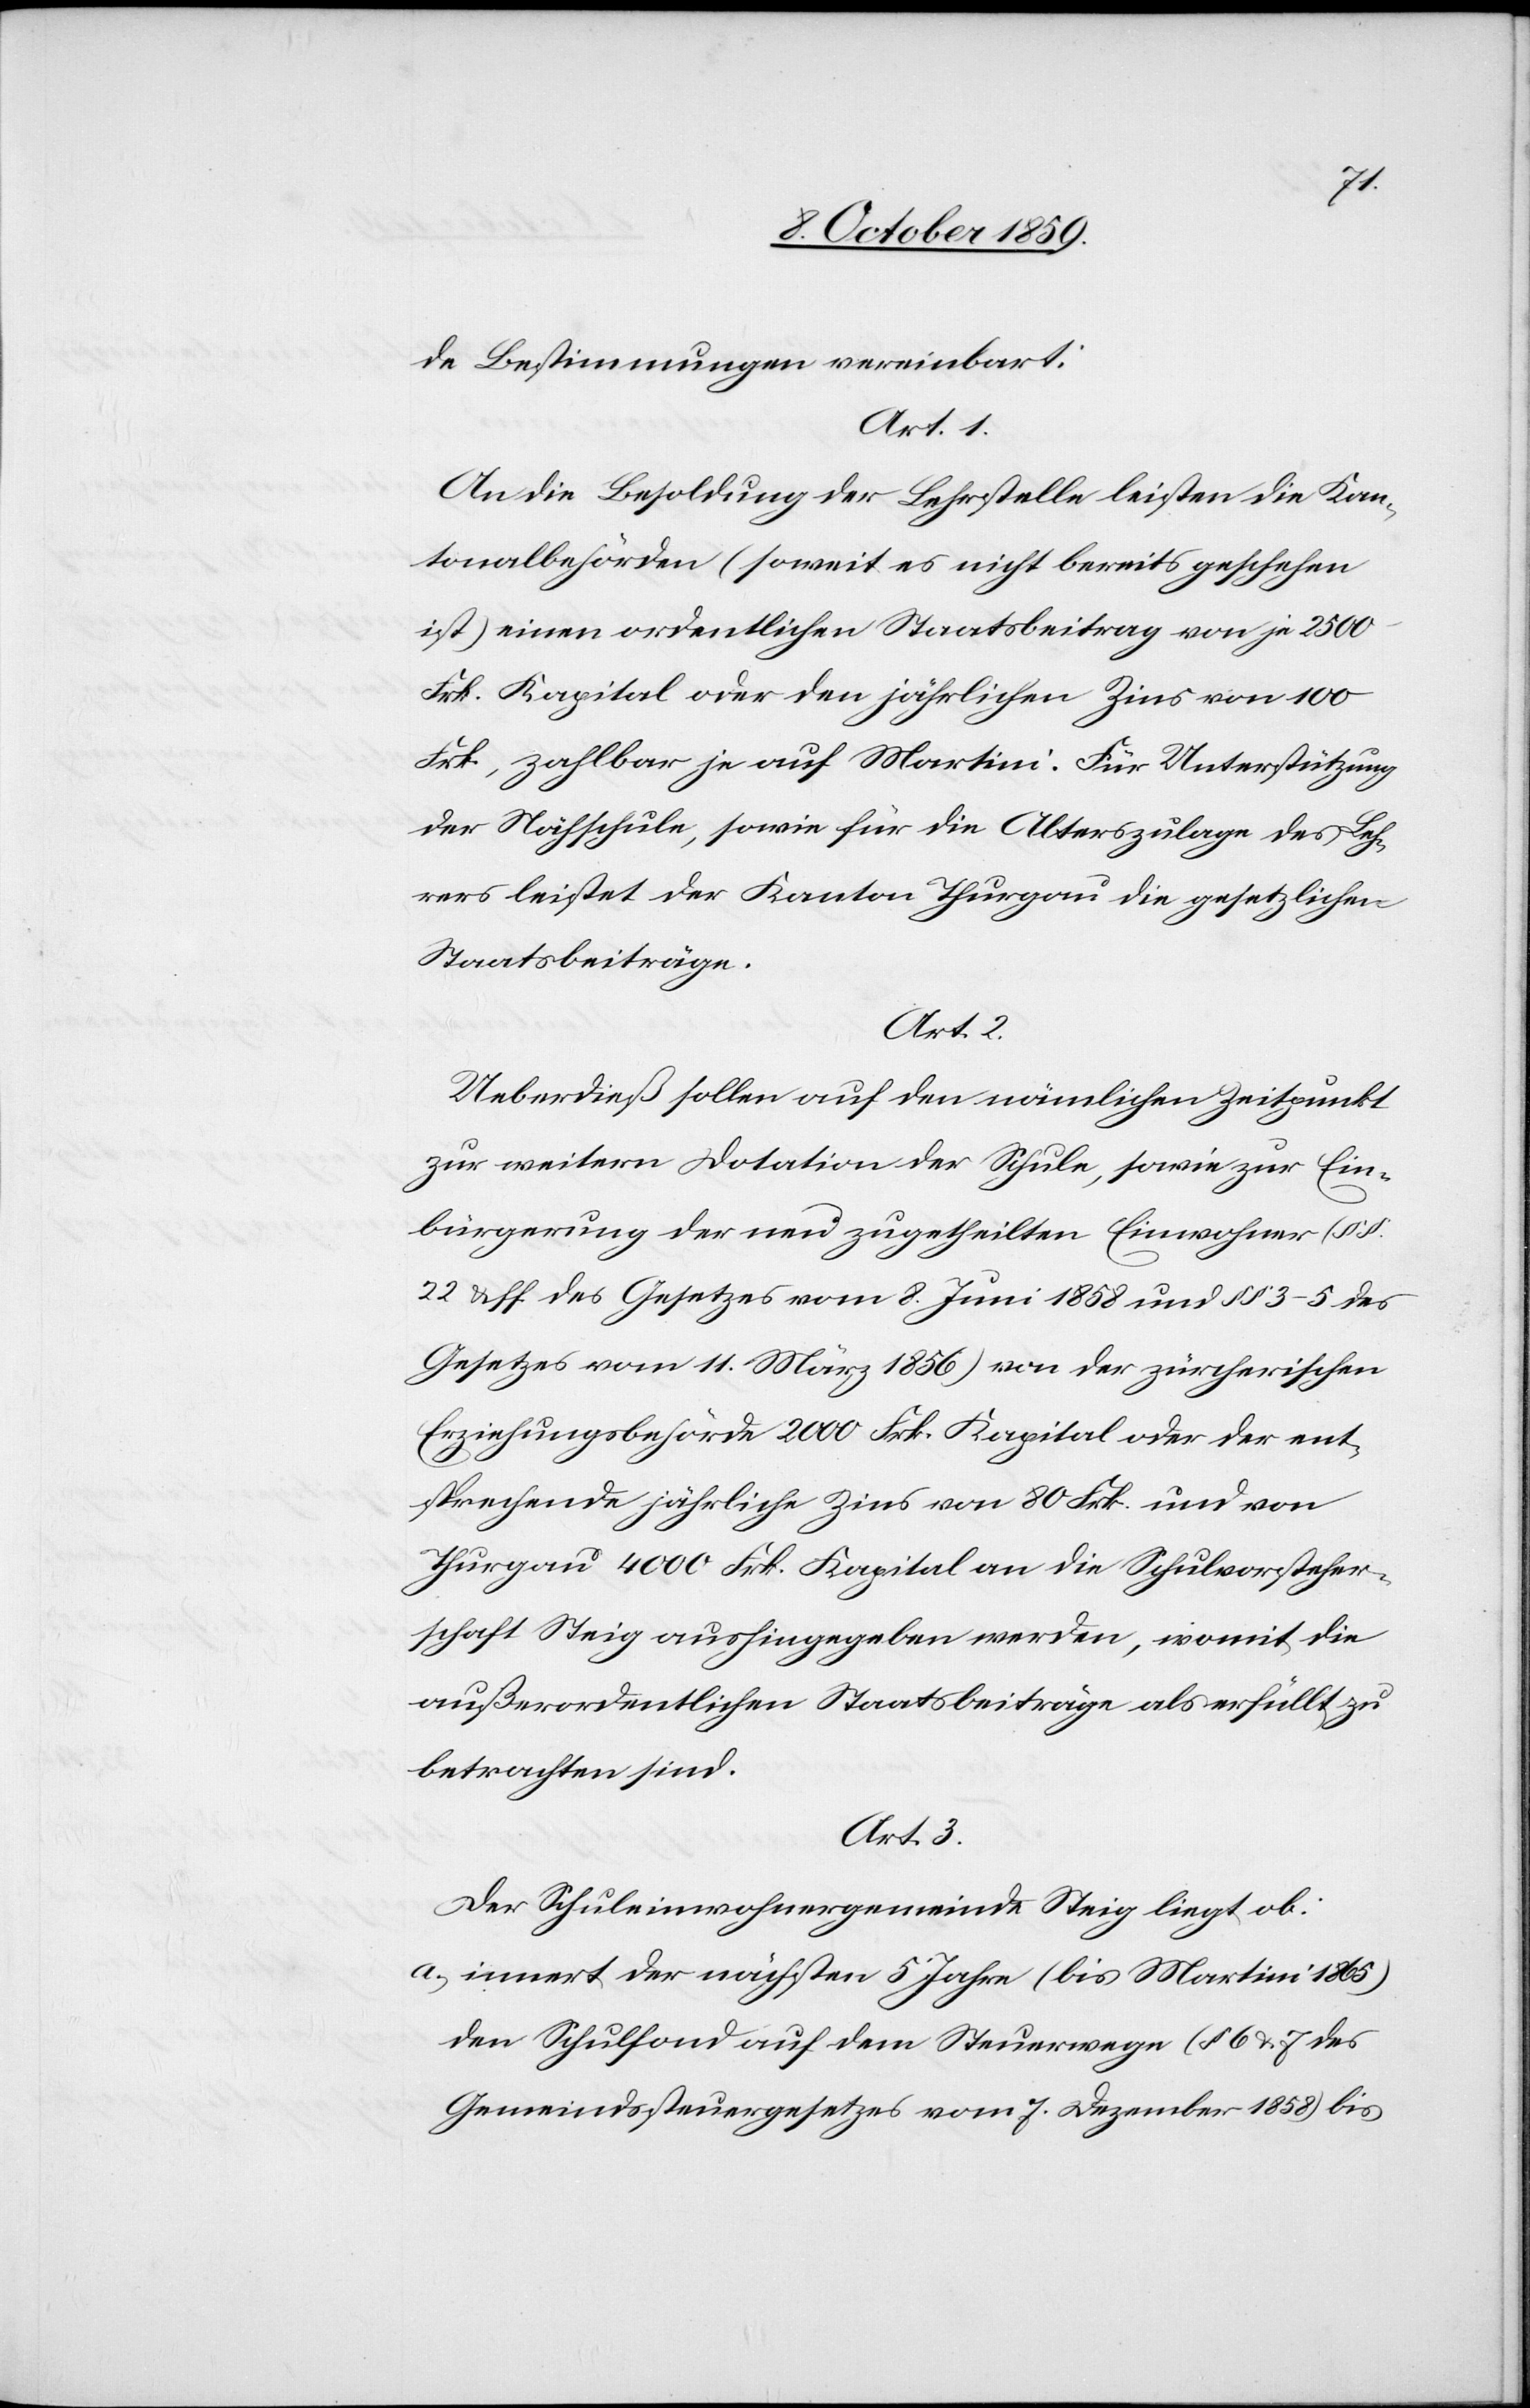
de Bestimmungen vereinbart:
Art. 1.
An die Besoldung der Lehrstelle leisten die Kan¬
tonalbehörden (soweit es nicht bereits geschehen
ist) einen ordentlichen Staatsbeitrag von je 2500
Frk. Kapital oder den jährlichen Zins von 100
Frk., zahlbar auf Martini. Für Unterstützung
der Nähschule, sowie für die Alterszulage des Leh¬
rers leistet der Kanton Thurgau die gesetzlichen
Staatsbeiträge.
Art. 2.
Ueberdieß sollen auf den nämlichen Zeitpunkt
zur weitern Dotation der Schule, sowie zur Ein¬
bürgerung der neu zugetheilten Einwohner (§§
22 & ff des Gesetzes vom 8. Juni 1858 und §§ 3–5 des
Gesetzes vom 11. März 1856) von der zürcherischen
Erziehungsbehörde 2000 Frk. Kapital oder der ent¬
sprechende jährliche Zins von 80 Frk. und von
Thurgau 4000 Frk. Kapital an die Schulvorsteher¬
schaft Steig aushingegeben werden, womit die
außerordentlichen Staatsbeiträge als erfüllt zu
betrachten sind.
Art. 3.
Der Schuleinwohnergemeinde Steig liegt ob:
a) innert der nächsten 5 Jahre (bis Martini 1865)
den Schulfond auf dem Steuerwege (§ 6 & 7 des
Gemeindssteuergesetzes vom 7. Dezember 1858) bis